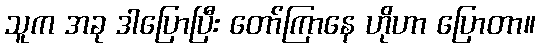
သူက အခု ဒါပြောပြီး တော်ကြာနေ ဟိုဟာ ပြောတာ။